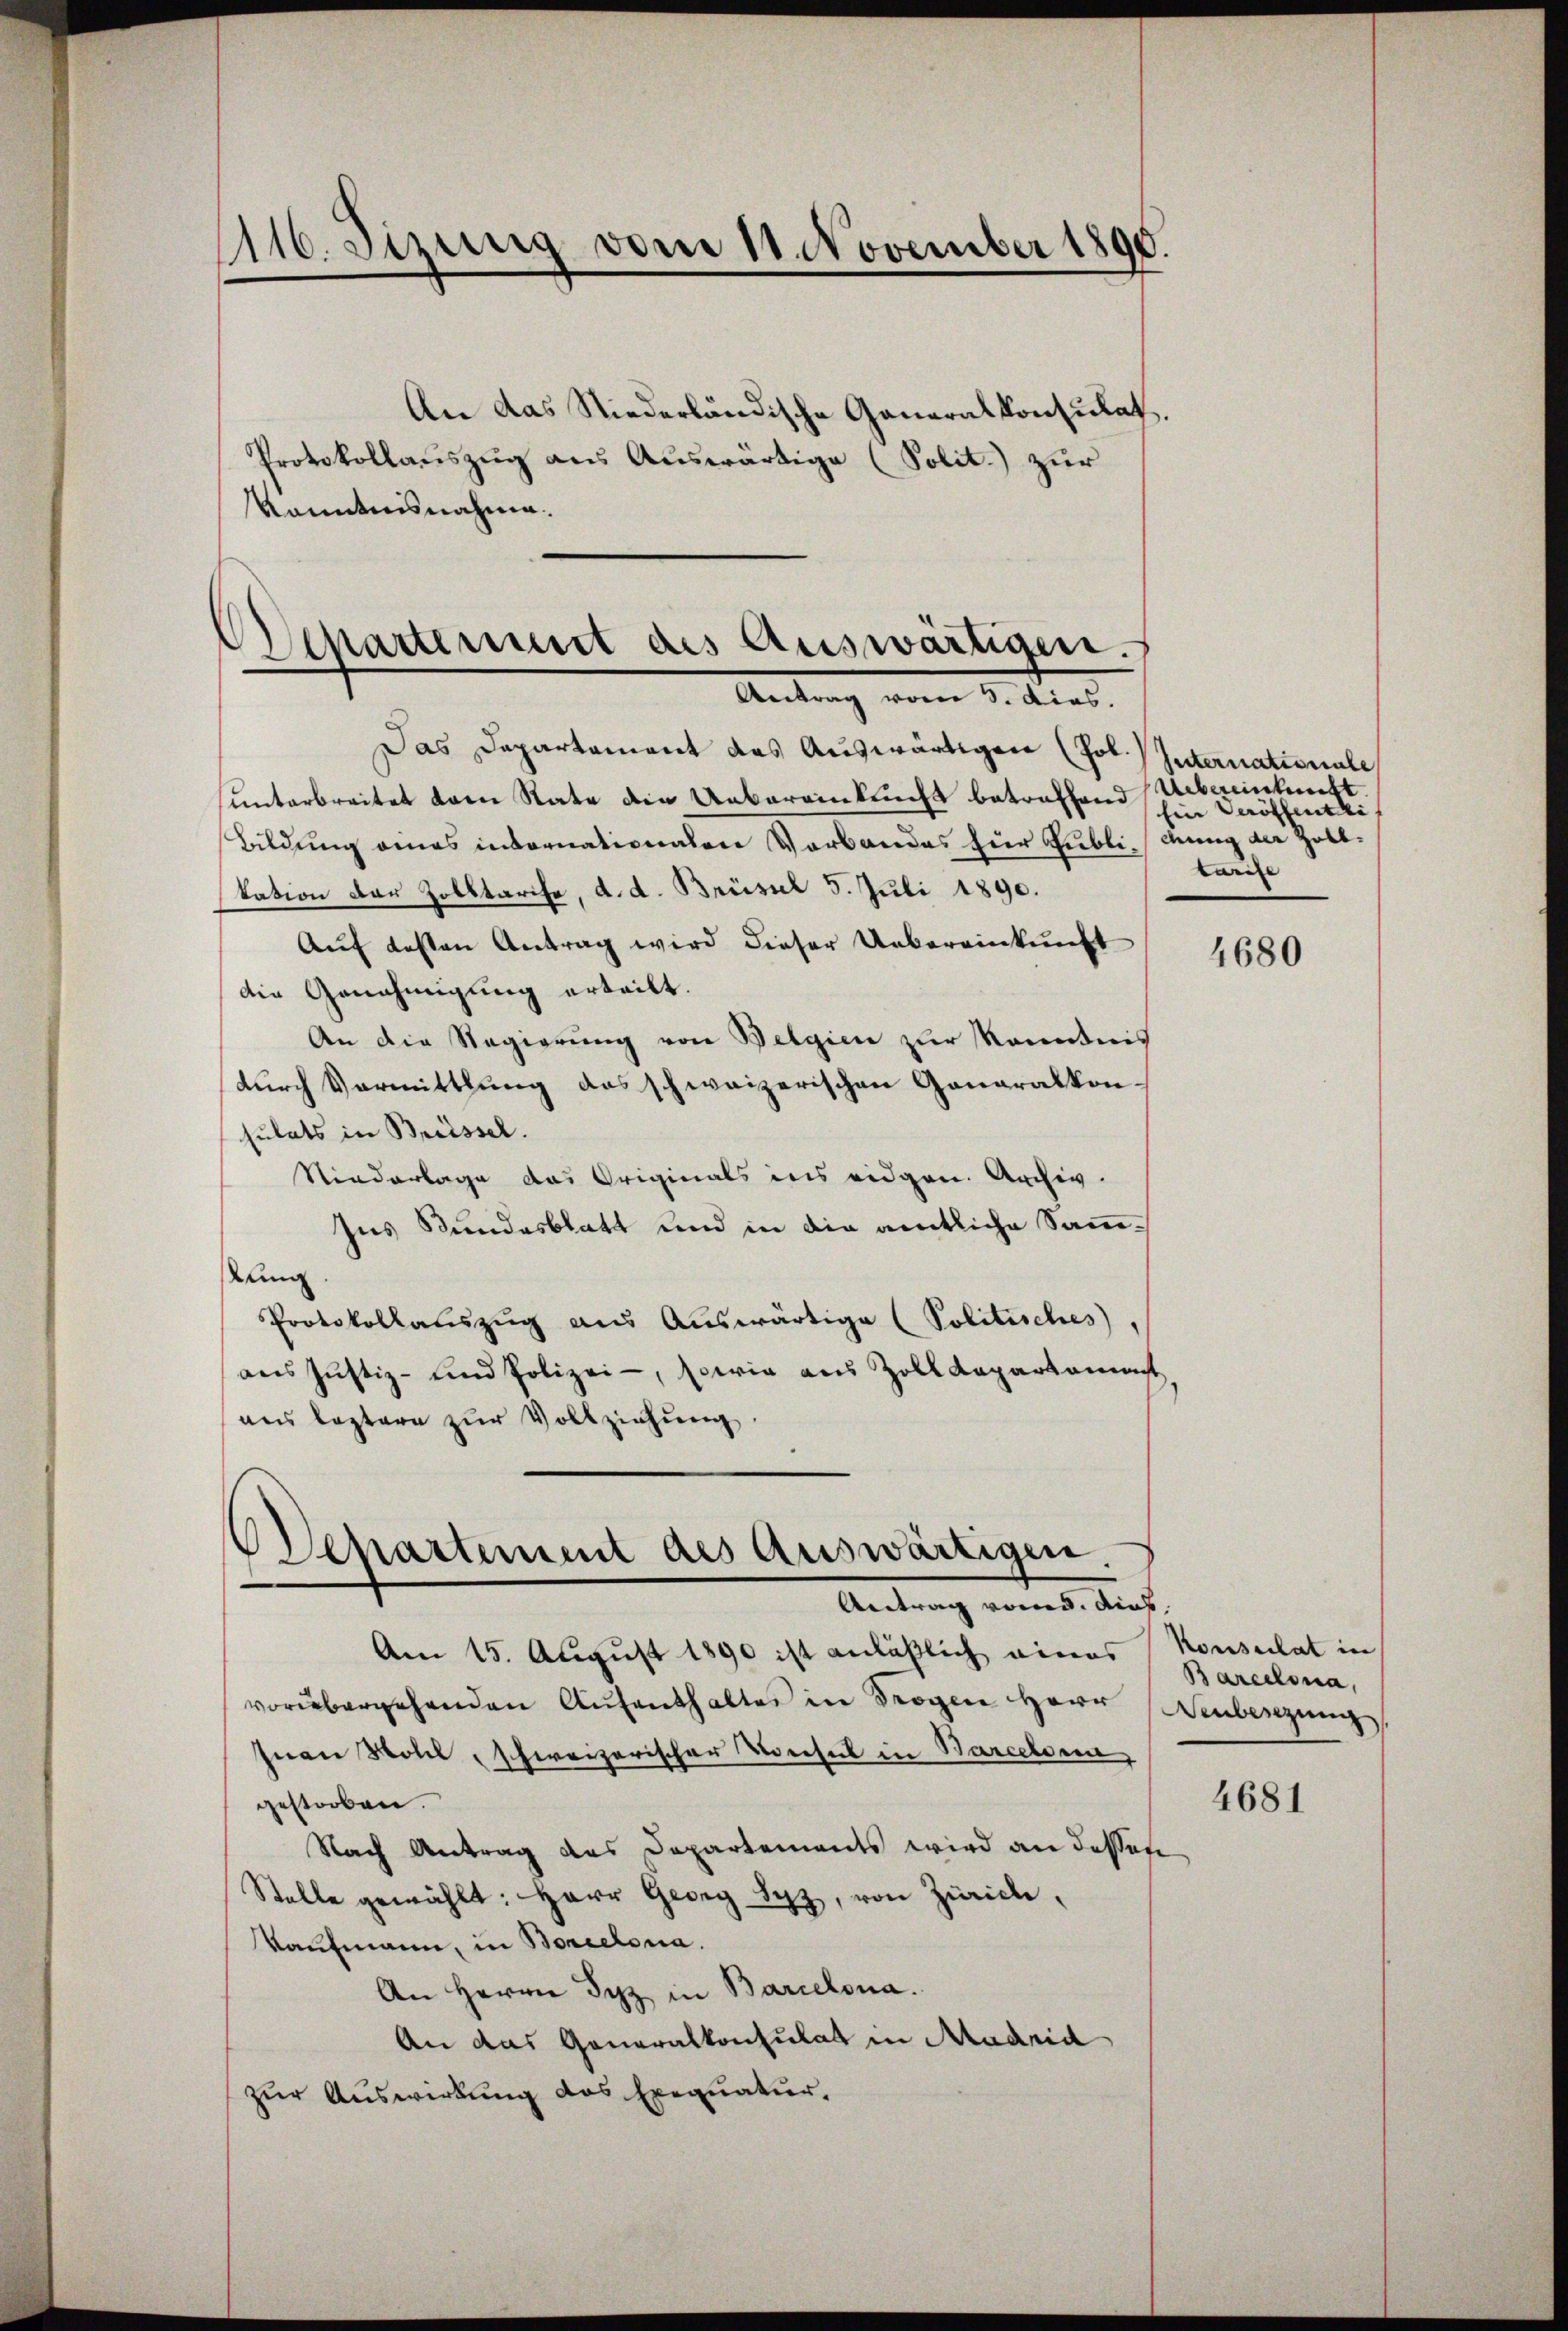
1116. Sizung vom 11 November 1890.

Protokollauszug aus Auswärtige (Solit.) zur
Kanntnisnahme.
Departinirt des Auswärtigen.

An das Niederländische Generalkonsulat

Antrag vom 5. dies.

Das Departament das Auswärtigen (Jol. Internationale
unterbreitet dann Rate die Uebereinkunft betreffend Uebereinkunft.
Bildung eines internationalen Verbandes zur Gublichung der Zollkation der Zolltarife, d. d. Brüssel 5. Juli 1890.
Auf besten Antrag wird dieser Uebereinkunft
die Genehmigung erteilt.
An die Regierung von Belgien zur Kenntnis
durch Vormittlung des schweizerischen Ganaralkon-
sulats in Breissel.
Niederlage das Originals ins eidgen. Archiv.
Ins Bundesblatt und in die amtliche Sammtung.
Protokollauszug aus Auswärtige (Politisches
aŭs Jŭstiz- und Polizei-, sowie aus Zoll Kopartament
ans leztere zur Vollziehung.
Departement des auswärtigen

Antrag von d. dies

.

Ein Veröffentli
tarie

Am 15. August 1890 ist anläßlich eines Konsulat in
vorübergehenden Aŭfenthaltes in Trogen Herr Weibenzung
Juan Moll schweizerischer Konsul in Barcelonn
gestorben.
Nach Antrag des Departements wird an dessen
Stelle gewählt: Herr Georg Syz, von Zürich,
Kaufmann, in Borcelona.
An Herrn Syz in Barcelona.
An das Generalkonsulat in Madrid
zur Auswirkung des Exequatur,

4680

Barcelona,

4681